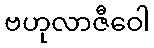
ဗဟုလာဇီဝေါ